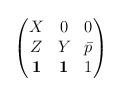
LaTeX: \begin{align*}\begin{pmatrix}X & 0 & 0 \\ Z & Y & \bar p \\\mathbf{1} & \mathbf{1} & 1 \end{pmatrix}\end{align*}